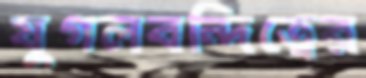
যুগলবন্দিত্বের